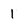
Character: 1